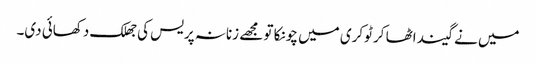
میں نے گیند اٹھا کر ٹوکری میں چونکا تو مجھے زنانہ پریس کی جھلک دکھائی دی۔